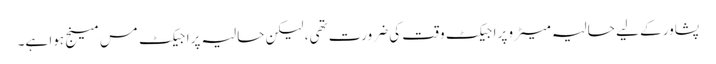
پشاور کے لیے حالیہ میٹرو پراجیکٹ وقت کی ضرورت تھی، لیکن حالیہ پراجیکٹ مس مینج ہوا ہے۔